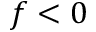
f < 0